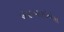
એસઆરઇએસ